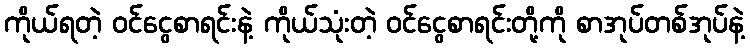
ကိုယ်ရတဲ့ ဝင်ငွေစာရင်းနဲ့ ကိုယ်သုံးတဲ့ ဝင်ငွေစာရင်းတို့ကို စာအုပ်တစ်အုပ်နဲ့